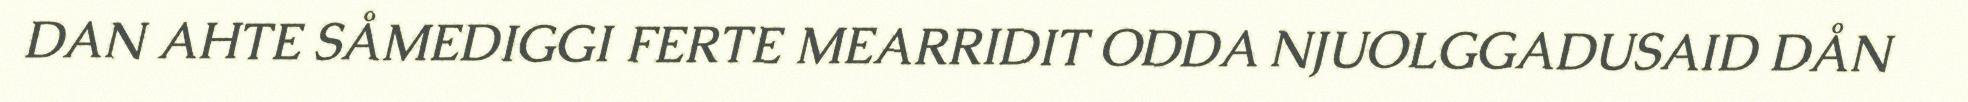
DAN AHTE SÅMEDIGGI FERTE MEARRIDIT ODDA NJUOLGGADUSAID DÅN